Civil Veterinary Department Bihar & Orissa reports 1929-36 - 1929-1936
Year: 1929
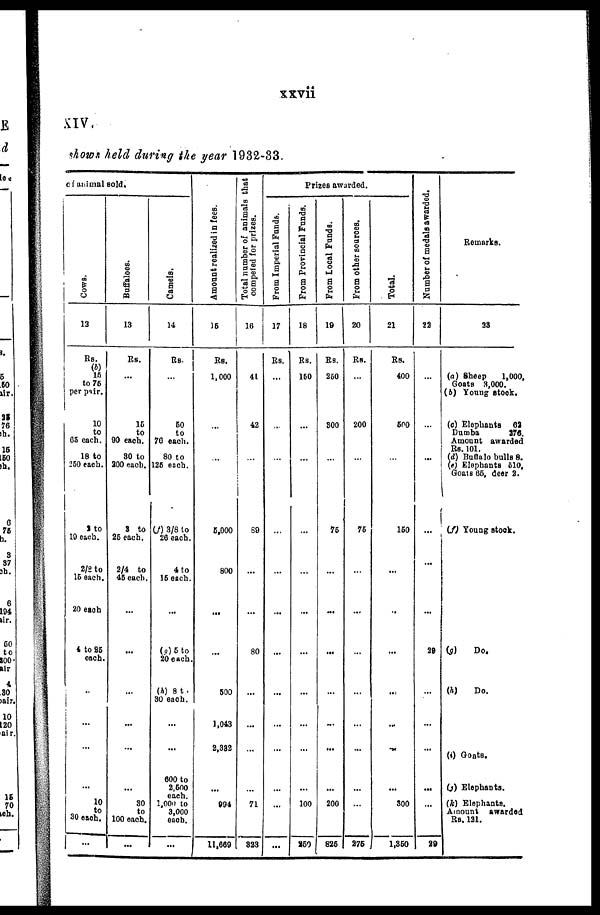
xxvii
XIV.
shows held during the year 1932-33.
animal
sold.
Cows.
13
Rs.
(b)
15
to 75
per pair
10
to
65 each.
18 to
250 each.
2 to
19 each.
2/8 to
15 each.
20 each
4 to 85
each.
...
...
...
...
10
to
30 each.
...
Buffaloes.
13
Rs.
...
15
to
90 each.
80 to
200 each.
3 to
26 each.
2/4 to
45 each.
...
...
...
...
...
...
30
to
100 each.
...
Camels.
14
Rs.
...
50
to
76 each.
80 to
125 each.
(f) 3/8 to
26 each.
4 to
15 each.
...
(g) 5 to
20 each.
(h) 8 t.
30 each.
...
...
600 to
2,500
each.
1,000 to
3,000
each.
...
Amo unt r e al i z e d in fees.
15
Rs.
1.000
...
...
5,000
800
...
...
500
1,043
2,382
...
904
11,669
Total number of animals that
competed for prizes.
16
41
42
...
89
...
...
80
...
...
...
...
71
323
Prizes awarded.
From Imperial Funds.
17
Rs.
...
...
...
...
...
...
...
...
...
...
...
...
...
From Provincial Funds.
18
Rs.
150
...
...
...
...
...
...
...
...
...
...
100
250
From Local Funds.
19
Rs.
250
300
...
76
...
...
...
...
...
...
...
200
825
From other sources.
20
Rs.
...
200
...
76
...
...
...
...
...
...
...
...
275
Tot al .
21
Rs.
400
500
...
160
...
...
...
...
...
...
...
300
1,350
Number of medals awarded.
22
...
...
...
...
...
...
29
...
...
...
...
...
29
Remarks.
23
(a) Sheep
1,000,
Goats 3,000.
(b) Young stock.
(c) Elephants
62
Dumbo
370.
Amount awarded
Rs. 101.
(d) Buffalo bulls 8.
(e) Elephants 610,
Goats 65, deer 2.
(f) Young stock.
(g)
Do.
(h)
Do.
(i) Goats.
(j) Elephants.
(k) Elephants.
Amount
awarded
Rs. 121.